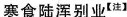
寒食陆浑别业^{【注】}